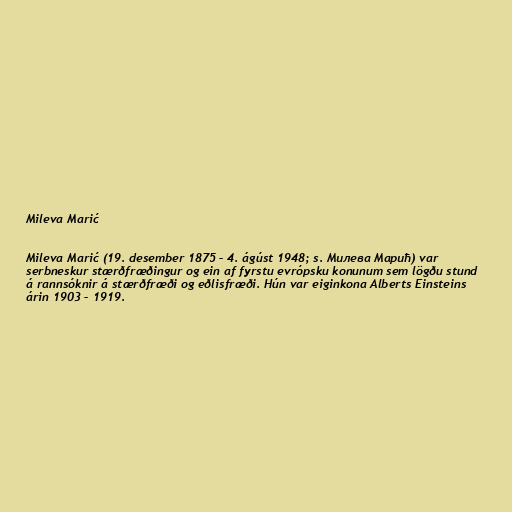
Mileva Marić

Mileva Marić (19. desember 1875 – 4. ágúst 1948; s. Милева Марић) var
serbneskur stærðfræðingur og ein af fyrstu evrópsku konunum sem lögðu stund
á rannsóknir á stærðfræði og eðlisfræði. Hún var eiginkona Alberts Einsteins
árin 1903 – 1919.